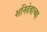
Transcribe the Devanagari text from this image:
शनिदेवाच्या